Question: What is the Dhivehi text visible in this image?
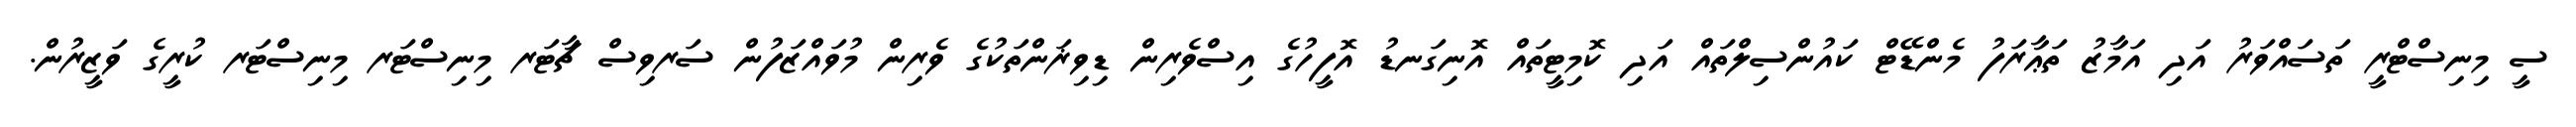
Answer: ސީ މިނިސްޓްރީ ތަސައްވަރު އަދި އަމާޒު ތަޢާރަފު މެންޑޭޓް ކައުންސިލްތައް އަދި ކޮމިޓީތައް އޮނިގަނޑު އޮފީހުގެ އިސްވެރިން ޑިވިޜަންތަކުގެ ވެރިން މުވައްޒަފުން ސަރވިސް ޗާޓަރ މިނިސްޓަރ މިނިސްޓަރ ކުރީގެ ވަޒީރުން.